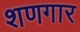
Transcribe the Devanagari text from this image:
शणगार